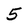
Character: 5